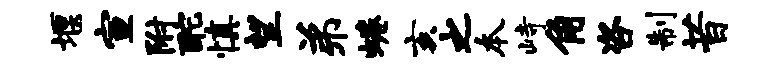
堰宣附酡慎望弟蜷亥之本峙角咨制昔